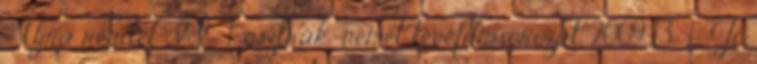
- Újra rendel II. 1. osztrák-német tévéfilmsorozat, 2009 13 1.: Jó